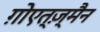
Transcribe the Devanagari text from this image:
ग़ोएत्ज़्मैन